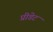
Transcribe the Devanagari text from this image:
प्रीडेट